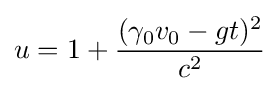
u=1+{\frac {(\gamma _{0}v_{0}-gt)^{2}}{c^{2}}}